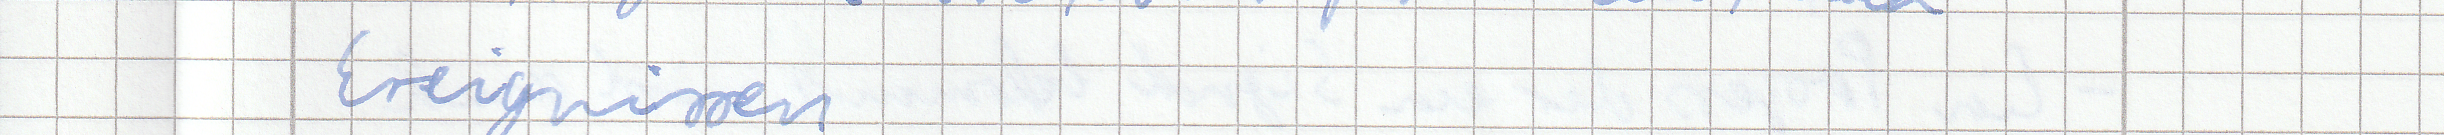
Ereignissen